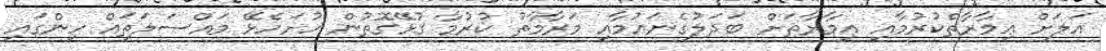
އަލަށް ޢިމާރާތްކުރުމާއި ޢިމާރާތަށް ބަދަލުގެނައުމާއި މަރާމާތު ކުރުމާ ގުޅޭގޮތުން ހުށަހެޅޭ މައްސަލަތައް ހިންގައި